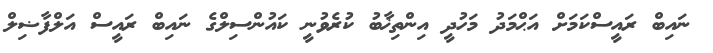
ނައިބް ރައީސްކަަމަށް އަޙްމަދު މަހުދީ އިންތިޚާބު ކުރެވުނީ ކައުންސިލްގެ ނައިބް ރައީސް އަލްފާޟިލް